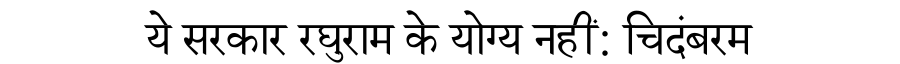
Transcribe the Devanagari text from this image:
ये सरकार रघुराम के योग्य नहीं: चिदंबरम